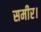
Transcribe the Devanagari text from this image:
समीर।